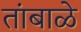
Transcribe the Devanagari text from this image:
तांबाळे